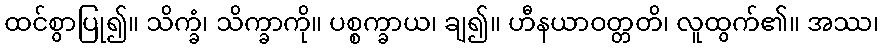
ထင်စွာပြု၍။ သိက္ခံ၊ သိက္ခာကို။ ပစ္စက္ခာယ၊ ချ၍။ ဟီနယာဝတ္တတိ၊ လူထွက်၏။ အဿ၊